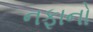
નફાનો